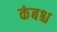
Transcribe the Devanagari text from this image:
कंबश्च